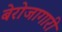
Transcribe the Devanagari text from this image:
बेरोजागारी